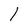
Character: l